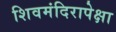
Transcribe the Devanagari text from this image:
शिवमंदिरापेक्षा